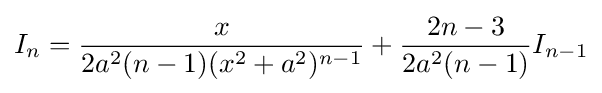
I_{n}={\frac {x}{2a^{2}(n-1)(x^{2}+a^{2})^{n-1}}}+{\frac {2n-3}{2a^{2}(n-1)}}I_{n-1}\,\!